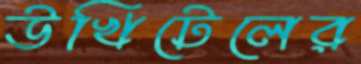
উখিটেলের